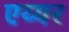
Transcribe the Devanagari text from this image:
एय्यर